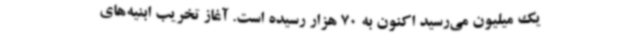
یک میلیون می‌رسید اکنون به 70 هزار رسیده است. آغاز تخریب ابنیه‌های